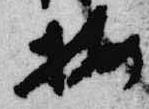
按